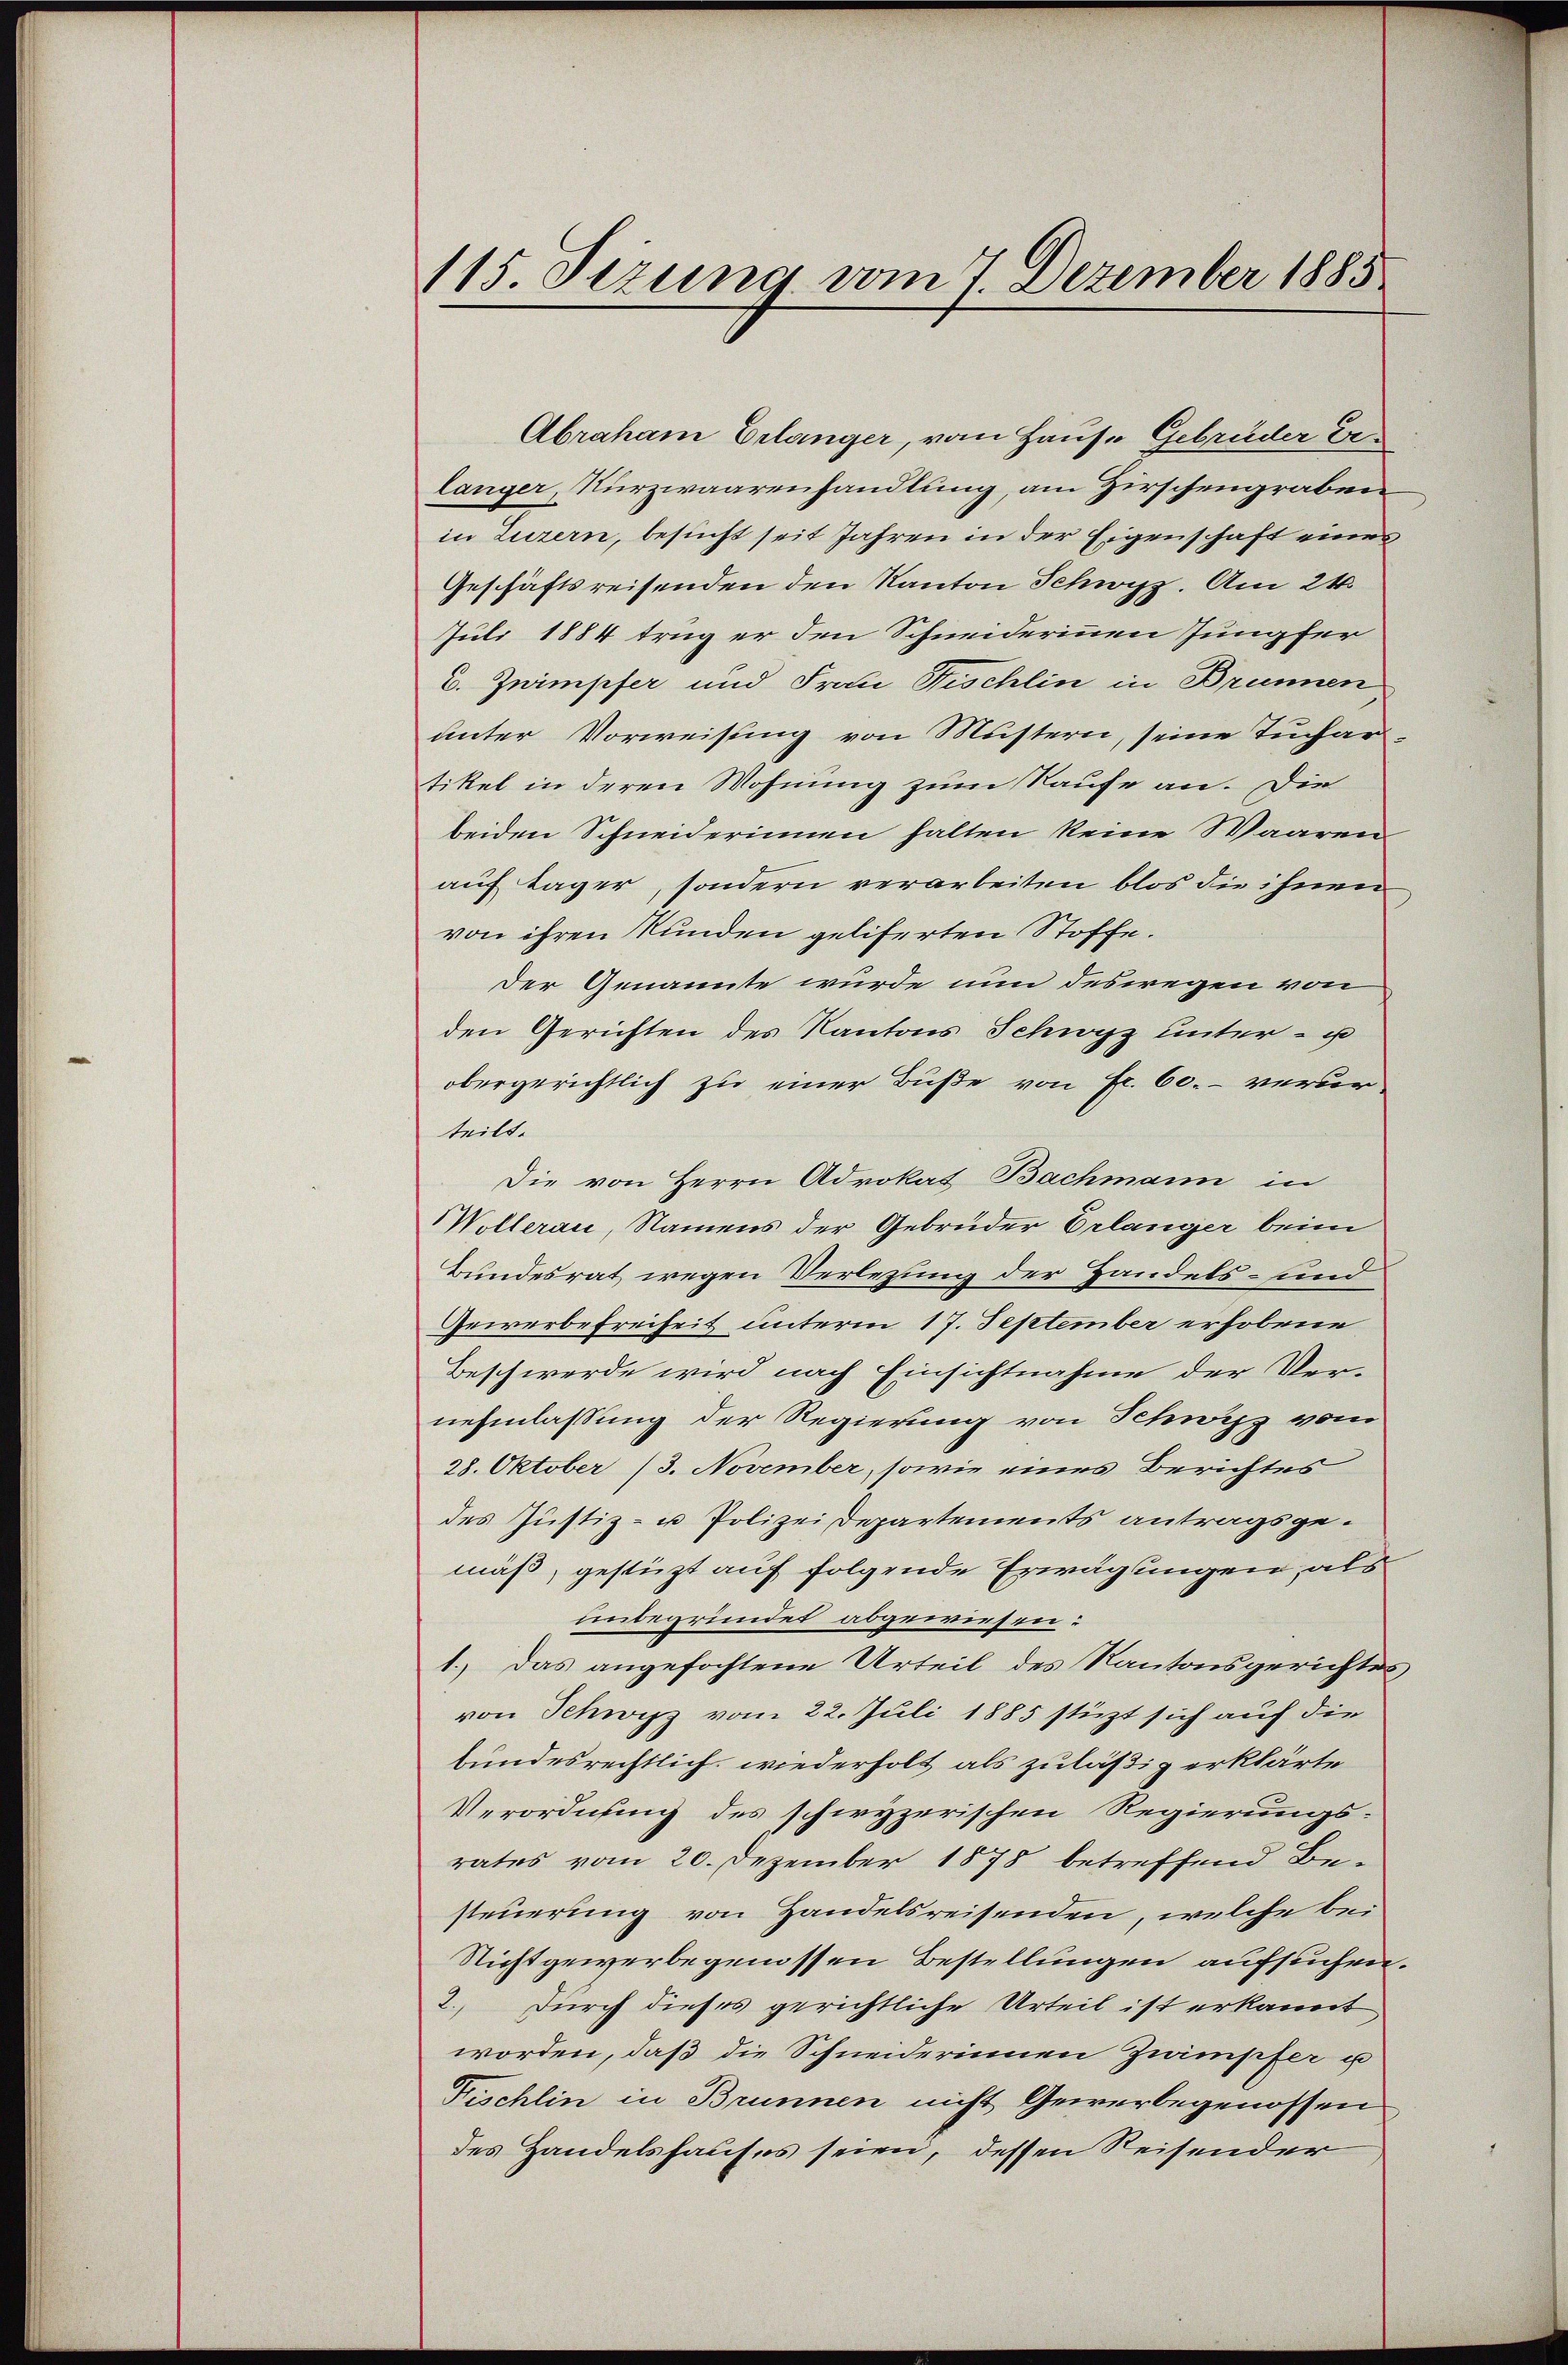
115. Sizung vom 7 Dezember 1885

Abraham Erlanger, vom Hause Gebrüder Erlanger, Kurzwaarenhandlung, am Hirschengraben
in Luzern, besucht seit Jahren in der Eigenschaft eines
Geschäftsreisenden den Kanton Schwyz. Am 24.
Juli 1884 trug er den Schneiderinnen Jungfer
C. Znimpfer und Frau Fischlin in Brunnen,
unter Vorweisung von Mustern, seine Tuchartikel in deren Wohnung zum Raufe an. Die
beiden Schneiderinnen halten keine Waaren
auf Lager, sondern verarbeiten blos die ihnen
von ihren Stunden geliferten Stoffe.
Der Genannte wurde nun deswegen von
den Gerichten des Kantons Schwyz unter- u
obergerichtlich zu einer Buße von Fr. 60. - verurteilt.
Die von Herrn Advokat Bachmann in
Wollerau, Namens der Gebreider Erlanger beim
Bundesrat wegen Verlegung der Handels- und
Gewerbefreiheit unterm 17. September erhobene
Beschwerde wird nach Einsichtnahme der Ver-
nehmlassung der Regierung von Schwyz vom
28. Oktober 13. November, sowie eines Berichtes
des Justiz- u Polizei Departements antragsgemäß, gestüzt auf folgende Erwägungen, als
unbegründet abgewiesen:
1.) Das angefochtene Urteil des Kantonsgerichtes
von Schwyz vom 22. Juli 1885 stützt sich auf die
bundesrechtlich wiederholt als zuläßig erklärte
Verordnung des schwyzerischen Regierungs-
rates vom 20. Dezember 1878 betreffend Besteuerung von Handelsreisenden, welche bei¬
Nicht gewerbe genossen Bestellungen aufsuchen.
2.) Durch dieses gerichtliche Urteil ist erkannt
worden, daß die Schneiderinnen Zuimpfer u
Füschlin in Brunnen nicht Gewerbegenossen
des Handelshauses seien, dessen Reisender